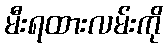
မီးရထားလမ်းကို